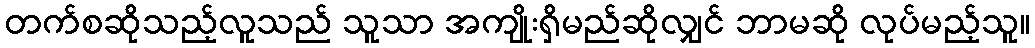
တက်စဆိုသည့်လူသည် သူသာ အကျိုးရှိမည်ဆိုလျှင် ဘာမဆို လုပ်မည့်သူ။